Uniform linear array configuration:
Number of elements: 24
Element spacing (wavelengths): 0.25
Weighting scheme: hann
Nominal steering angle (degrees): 15
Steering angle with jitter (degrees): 16.299
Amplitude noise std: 0.05
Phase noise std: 0.05

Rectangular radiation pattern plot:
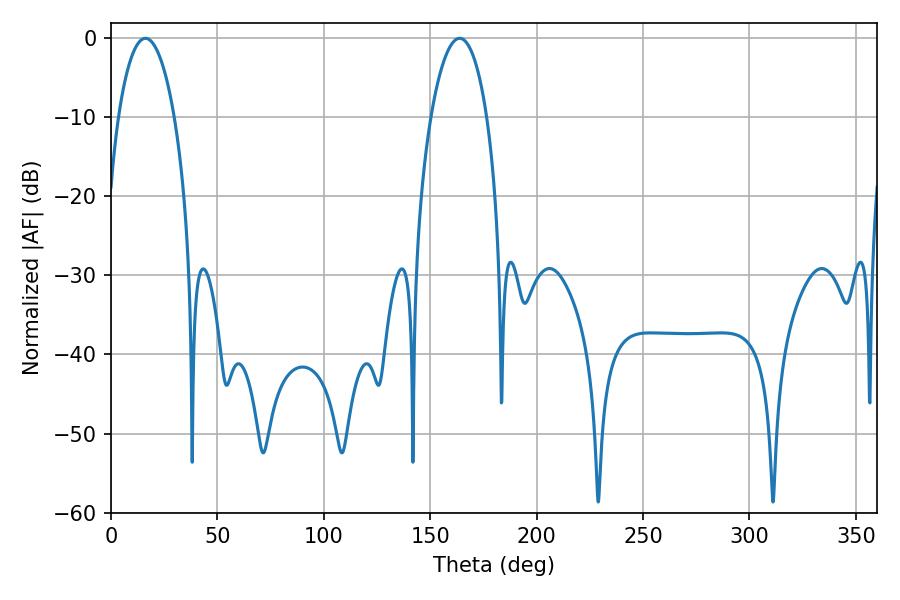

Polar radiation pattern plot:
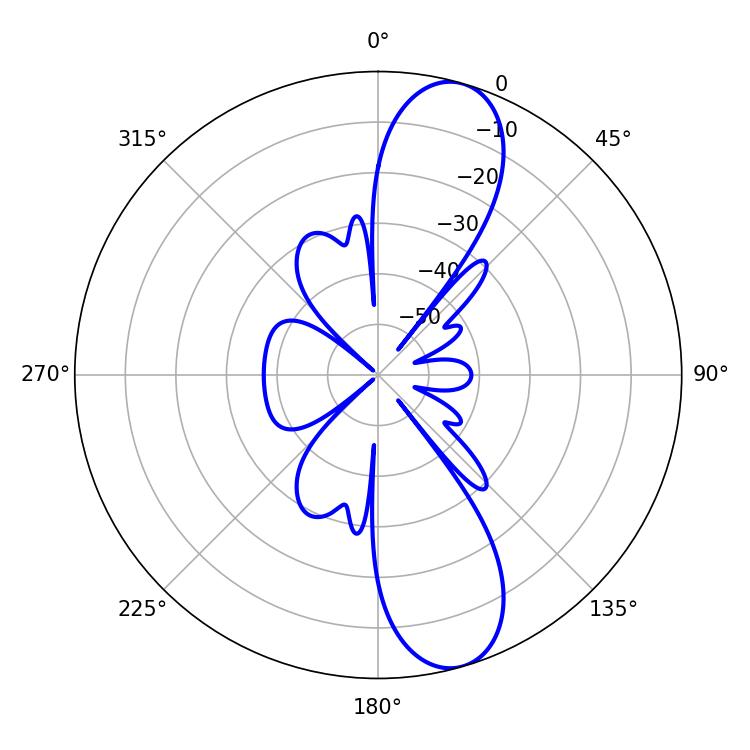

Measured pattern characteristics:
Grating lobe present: FALSE
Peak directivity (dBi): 11.169
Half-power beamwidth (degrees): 14.76
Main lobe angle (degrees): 16.2